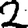
Digit: 2